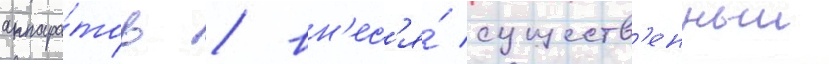
аппара́тов / вн'ес'я́ существ'енныи